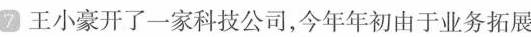
⑦王小豪开了一家科技公司，今年年初由于业务拓展